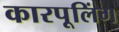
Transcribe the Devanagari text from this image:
कारपूलिंग